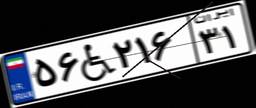
۵۶W۲۱۶۳۱